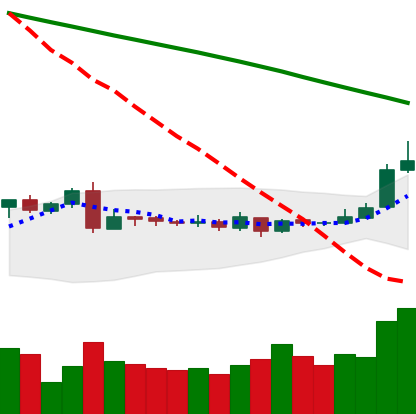
Ticker: XLM-USD
Chart end date: 2019-03-11
Forward return: 7.193%
Label: up_7plus